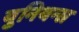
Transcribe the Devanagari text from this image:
युनियन्स